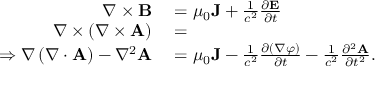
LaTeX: \begin{array} { r l } { \nabla \times \mathbf { B } } & { { } = \mu _ { 0 } \mathbf { J } + { \frac { 1 } { c ^ { 2 } } } { \frac { \partial \mathbf { E } } { \partial t } } } \\ { \nabla \times \left( \nabla \times \mathbf { A } \right) } & { { } = } \\ { \Rightarrow \nabla \left( \nabla \cdot \mathbf { A } \right) - \nabla ^ { 2 } \mathbf { A } } & { { } = \mu _ { 0 } \mathbf { J } - { \frac { 1 } { c ^ { 2 } } } { \frac { \partial ( \nabla \varphi ) } { \partial t } } - { \frac { 1 } { c ^ { 2 } } } { \frac { \partial ^ { 2 } \mathbf { A } } { \partial t ^ { 2 } } } . } \end{array}